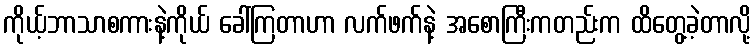
ကိုယ့်ဘာသာစကားနဲ့ကိုယ် ခေါ်ကြတာဟာ လက်ဖက်နဲ့ အစောကြီးကတည်းက ထိတွေ့ခဲ့တာလို့